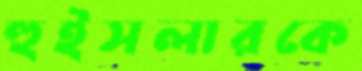
হুইসলারকে